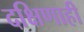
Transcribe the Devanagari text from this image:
दक्षिणाही